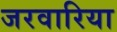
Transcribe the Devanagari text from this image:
जरवारिया